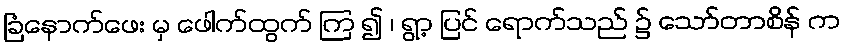
ခြံနောက်ဖေး မှ ဖေါက်ထွက် ကြ ၍ ၊ ရွာ့ ပြင် ရောက်သည် ၌ သော်တာစိန် က